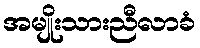
အမျိုးသားညီလာခံ